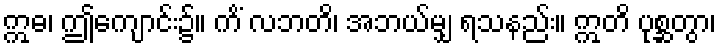
ဣဓ၊ ဤကျောင်း၌။ ကိံ လဘတိ၊ အဘယ်မျှ ရသနည်း။ ဣတိ ပုစ္ဆတွာ၊